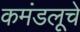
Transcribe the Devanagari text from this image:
कमंडलूचे